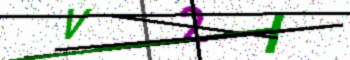
Text: V2I